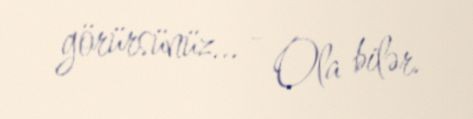
görürsünüz... - Ola bilər.